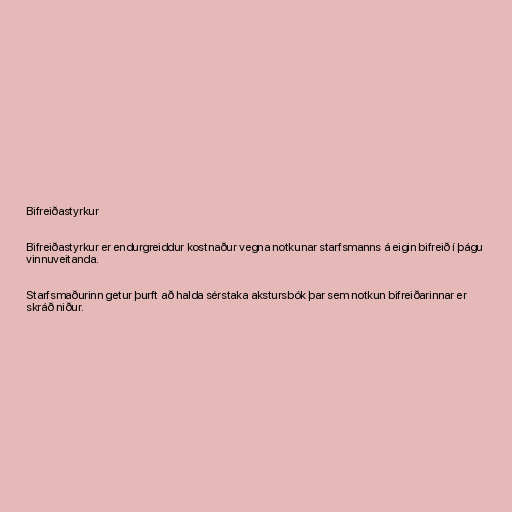
Bifreiðastyrkur

Bifreiðastyrkur er endurgreiddur kostnaður vegna notkunar starfsmanns á eigin bifreið í þágu
vinnuveitanda.

Starfsmaðurinn getur þurft að halda sérstaka akstursbók þar sem notkun bifreiðarinnar er
skráð niður.